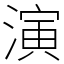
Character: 演